Plague in India, 1896, 1897 - Volume 2
Year: 1896
Disease focus: Plague
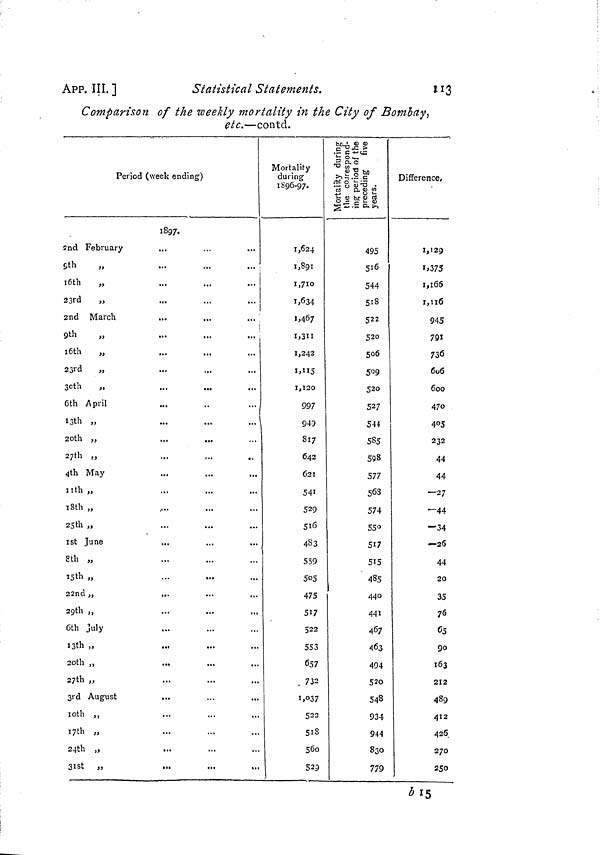
APP. III. ]
Statistical Statements.
113
Comparison of the weekly mortality in the City of Bombay,
etc.—contd.
Period (week ending)
2nd February
9th
16th
„
23rd
„
2nd March
9th
16th „
23rd
„
30th
„
6th April
13th „
20th „
27th „
4th May
11th „
18th „
25th „
1st June
8th „
15th „
22nd „
29th ,,
6th July
13th „
20th ,,
27th „
3rd August
l0th ,,
17th „
24th „
31st „
1897.
...
...
...
... |
i
...
...
...
...
1
...
...
...
...
....
...
...
...
...
...
...
...
...
...
...
...
...
...
...
...
Mortality
during
1896-97.
1,624
1,891
1,710
1,634
1,467
1,311
1,242
1,115
1,120
997
949
817
642
621
541
529
516
483
559
505
475
517
522
553
657
. 732
1,037
522
518
560
529
495
516
544
518
522
520
506
509
520
527
544
585
598
577
568
574
550
517
515
485
440
441
467
463
494
520
548
934
944
830
779
Différence,
1,129
1,375
1,166
1,116
945
791
736
606
600
470
405
232
44
44
—27
—44
—34
-26
44
20
35
76
65
90
163
212
489
412
426
270
250
b 15